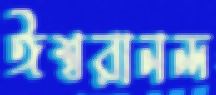
ঈশ্বরানন্দ